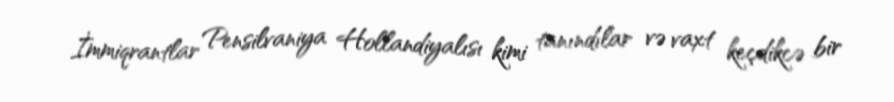
İmmiqrantlar Pensilvaniya Hollandiyalısı kimi tanındılar və vaxt keçdikcə bir